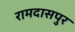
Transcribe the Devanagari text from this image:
रामदासपुर